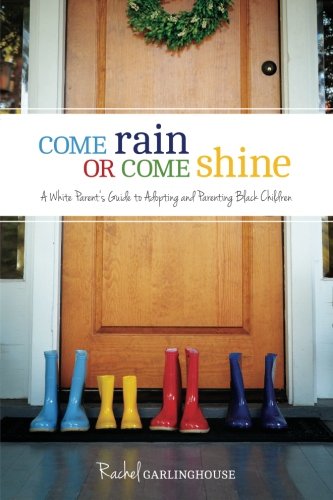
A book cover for Come Rain or Come Shine: A White Parent's Guide to Adopting and Parenting Black Children; Rachel Garlinghouse; Parenting & Relationships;